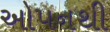
ઓપનથી